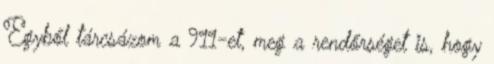
Egyből tárcsázom a 911-et, meg a rendőrséget is, hogy